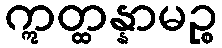
ဣတ္ထန္နာမဉ္စ